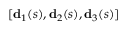
[ \mathbf { d } _ { 1 } ( s ) , \mathbf { d } _ { 2 } ( s ) , \mathbf { d } _ { 3 } ( s ) ]